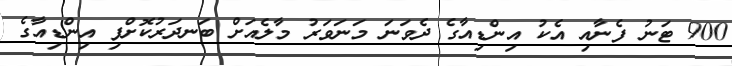
900 ޓަނު ފެނާއި އެކު އިންޑިއާގެ ދެވަނަ މަނަވަރު މާލެއަށް ބަނދަރުކޮށްފި އިންޑިއާގެ